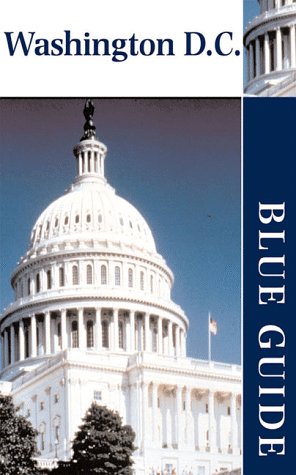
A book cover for Blue Guide Washington D.C. (Blue Guides); Candyce H. Stapen; Travel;